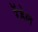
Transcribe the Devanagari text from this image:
रेंडेल